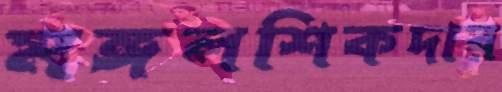
মঙ্গলশিকদার